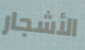
الأشجار